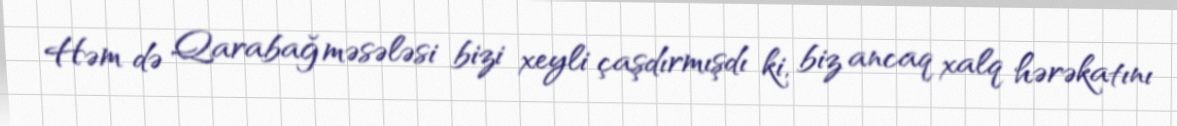
Həm də Qarabağ məsələsi bizi xeyli çaşdırmışdı ki, biz ancaq xalq hərəkatını